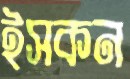
ইসকন